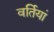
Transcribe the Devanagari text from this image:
वर्तियां